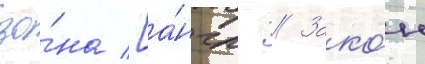
зо́на [а́нгл. // Зако́н